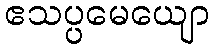
ဧသပ္ပမေယျော